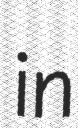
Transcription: in